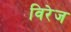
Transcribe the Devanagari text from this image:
विरेज